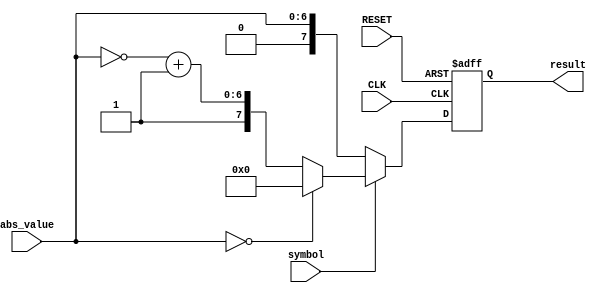
/***********************************************
Module Name:   value_2_signed
Feature:       To signed value with seperate synbol
               and absolute value
               An example for the book
Coder:         Garfield
Organization:  xxxx Group, Department of Architecture
------------------------------------------------------
Input ports:   clk: System clock
               Reset: System reset
               abs_value: absolute value
               symbol, symbol of value
Output Ports:  result,  signed value
------------------------------------------------------
History:
03-08-2016: First Version by Garfield
03-08-2016: Verified by Value_2_Signed_test
***********************************************/

module value_2_signed
#(parameter WIDTH = 8)
//Bit width for signed value
  ( 
    input CLK,
    input RESET,
    input[WIDTH - 2 : 0] abs_value,
    input symbol,
    output reg[WIDTH - 1: 0] result
  );

//Defination for Varables in the module

//Logicals
always @ (posedge CLK or negedge RESET)
//Symbol operations
begin
    if ( !RESET)
    //Reset enable
    begin
        result <= {(WIDTH){1'b0}};
    end
    else if(!symbol)
    //No less than 0
    begin
        result <= {symbol, abs_value};
    end
    else
    //Less than 0
    //to complement
    begin
        if (abs_value == {(WIDTH-2){1'b0}})
        begin
            result <= {(WIDTH-1){1'b0}};
        end
        else
        begin
            result <= {symbol, ~abs_value + {{(WIDTH-2){1'b0}}, 1'b1}};
        end
    end
end

endmodule